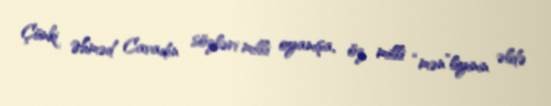
Çünki Əhməd Cavadın sözləri milli oyanışa, öz milli “mən”liyinin əldə